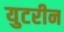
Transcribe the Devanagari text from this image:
युटरीन